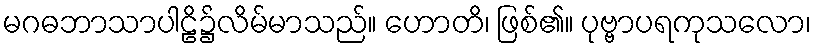
မဂဓဘာသာပါဠိ၌လိမ်မာသည်။ ဟောတိ၊ ဖြစ်၏။ ပုဗ္ဗာပရကုသလော၊